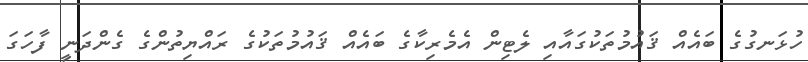
ހުޅަނގުގެ ބައެއް ޤައުމުތަކުގައާއި ލެޓިން އެމެރިކާގެ ބައެއް ޤައުމުތަކުގެ ރައްޔިތުންގެ ގެންދަނީ ފާހަގަ